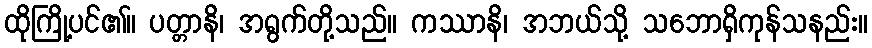
ထိုကြို့ပင်၏။ ပတ္တာနိ၊ အရွက်တို့သည်။ ကဿာနိ၊ အဘယ်သို့ သဘောရှိကုန်သနည်း။